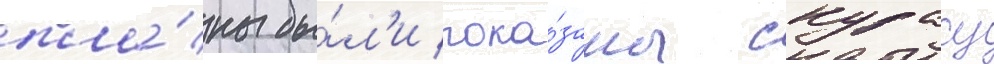
пла́ны бы́л'и пока́заны скурасу